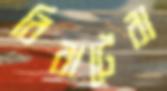
বিরাটেরা